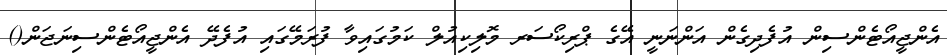
އެންޖީއޯޓެންސިން އުފެދިގެން އަންނަނީ އޭގެ ޕްރިކޯސަރ މޮލިކިއުލް ކަމުގައިވާ ފުރަމޭގައި އުފެދޭ އެންޖީއޯޓެންސިނަޖަން()